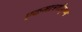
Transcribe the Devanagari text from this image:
एकमात्रश्रीकृष्ण